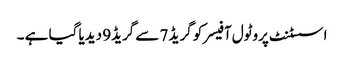
اسسٹنٹ پروٹول آفیسرکو گریڈ 7 سے گریڈ9 دیدیا گیا ہے ۔